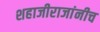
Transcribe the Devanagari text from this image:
शहाजीराजांनीच